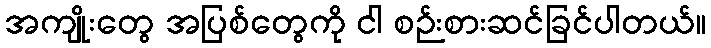
အကျိုးတွေ အပြစ်တွေကို ငါ စဉ်းစားဆင်ခြင်ပါတယ်။